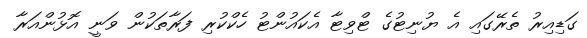
ގަޑިއިރު ތެރޭގައި އެ ޔުނިޓުގެ ޓްވިޓާ އެކައުންޓު ހެކްކުރި ފަރާތަކުން ވަނީ އޮޅުންއަރާ